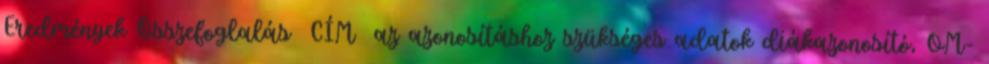
Eredmények Összefoglalás CÍM az azonosításhoz szükséges adatok diákazonosító, OM-